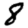
Digit: 8